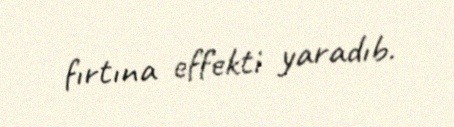
fırtına effekti yaradıb.